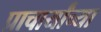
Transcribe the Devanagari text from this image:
प्राचार्यांच्या